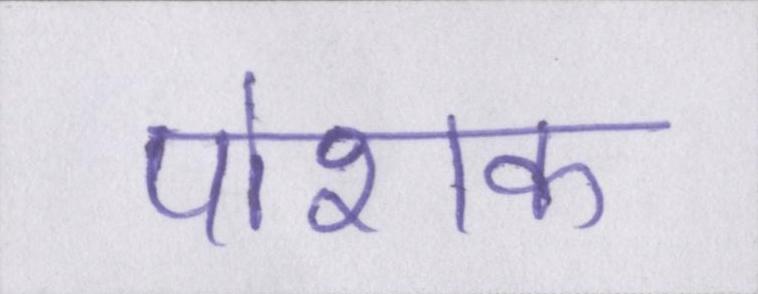
पोशक